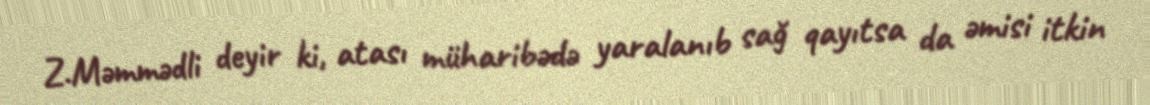
Z.Məmmədli deyir ki, atası müharibədə yaralanıb sağ qayıtsa da əmisi itkin